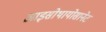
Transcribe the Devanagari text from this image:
आइसोथायोसानेट